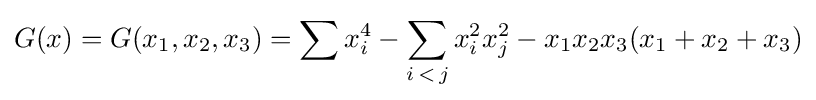
G(x)=G(x_{1},x_{2},x_{3})=\sum x_{i}^{4}-\sum _{i\,<\,j}x_{i}^{2}x_{j}^{2}-x_{1}x_{2}x_{3}(x_{1}+x_{2}+x_{3})